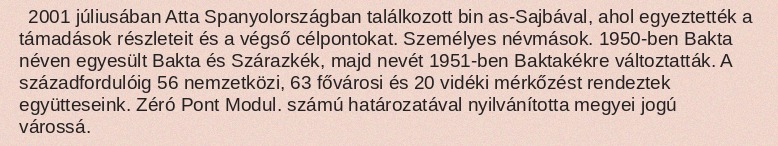
2001 júliusában Atta Spanyolországban találkozott bin as-Sajbával, ahol egyeztették a támadások részleteit és a végső célpontokat. Személyes névmások. 1950-ben Bakta néven egyesült Bakta és Szárazkék, majd nevét 1951-ben Baktakékre változtatták. A századfordulóig 56 nemzetközi, 63 fővárosi és 20 vidéki mérkőzést rendeztek együtteseink. Zéró Pont Modul. számú határozatával nyilvánította megyei jogú várossá.